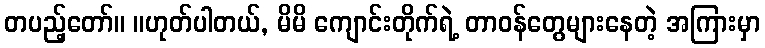
တပည့်တော်။ ။ဟုတ်ပါတယ်, မိမိ ကျောင်းတိုက်ရဲ့ တာဝန်တွေများနေတဲ့ အကြားမှာ